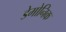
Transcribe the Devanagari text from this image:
डेमोनिक